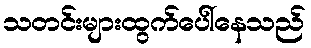
သတင်းများထွက်ပေါ်နေသည်